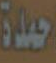
حمدة